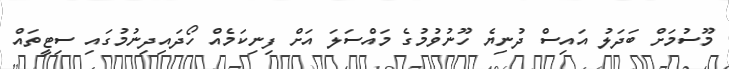
މޫސުމަށް ބަދަލު އައިސް ދުނިޔެ ހޫނުވުމުގެ މައްސަލަ އަށް ފިނިކަމެއް ހޯދައިދިނުމުގައި ސިޓީތައް